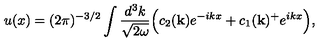
u ( x ) = ( 2 \pi ) ^ { - 3 / 2 } \int \frac { d ^ { 3 } k } { \sqrt { 2 \omega } } \Bigl ( c _ { 2 } ( { \bf { k } } ) e ^ { - i k x } + c _ { 1 } ( { \bf { k } } ) ^ { + } e ^ { i k x } \Bigr ) ,